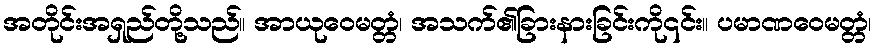
အတိုင်းအရှည်တို့သည်။ အာယုဝေမတ္တံ၊ အသက်၏ခြားနားခြင်းကို၎င်း။ ပမာဏဝေမတ္တံ၊